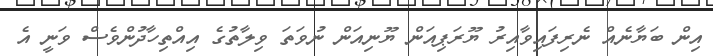
އިން ބަޔާނެއް ނެރިފައިވާއިރު ޔޫރަޕިއަން ޔޫނިއަން ނުވަތަ ވިލާތުގެ އިއްތިހާދުންވެސް ވަނީ އެ